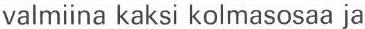
valmiina kaksi kolmasosaa ja